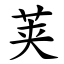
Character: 荚